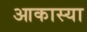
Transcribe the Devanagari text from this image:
आकास्या